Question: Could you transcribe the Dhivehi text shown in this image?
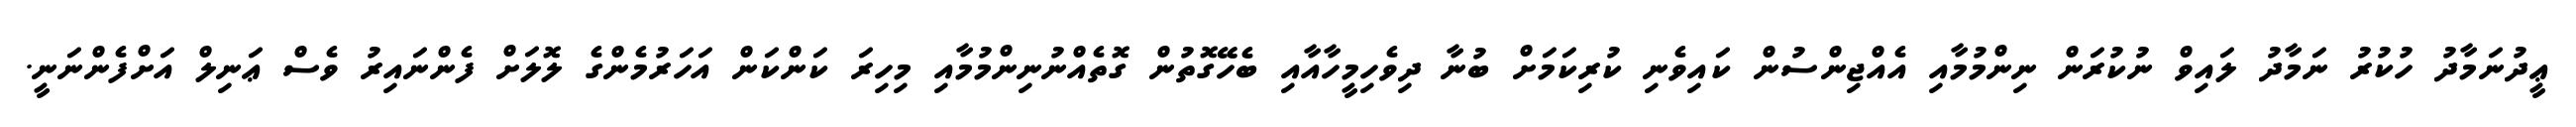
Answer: ޢީދުނަމާދު ހުކުރު ނަމާދު ލައިވް ނުކުރަން ނިންމުމާއި އެއްޖިންސުން ކައިވެނި ކުރިކަމަށް ބުނާ ދިވެހިމީހާއާއި ބެހޭގޮތުން ގޮތެއްނުނިންމުމާއި މިހިރަ ކަންކަން އަހަރުމެންގެ ލޮލަށް ފެންނައިރު ވެސް ޢަނިލް އަށްފެންނަނީ.